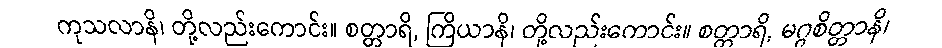
ကုသလာနိ၊ တို့လည်းကောင်း။ စတ္တာရိ, ကြိယာနိ၊ တို့လည်းကောင်း။ စတ္တာရိ, မဂ္ဂစိတ္တာနိ၊